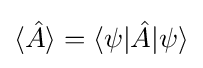
\langle {\hat {A}}\rangle =\langle \psi |{\hat {A}}|\psi \rangle